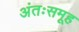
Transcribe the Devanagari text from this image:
अंतःसमूह